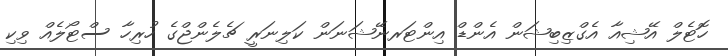
ހޮޓެލް އޭޝިއާ އެގްޒިބިޝަން އެންޑް އިންޓަރނޭޝަނަން ކަލިނަރީ ޗެލެންޖްގެ ހުރިހާ ސްޓޯލެއް ވިކި